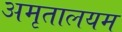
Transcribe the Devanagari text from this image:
अमृतालयम